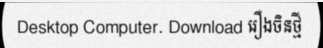
Desktop Computer. Download រឿងចិនថ្មី